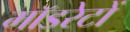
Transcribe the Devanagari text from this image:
मॉडरेटों